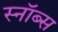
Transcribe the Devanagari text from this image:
स्नॉब्स